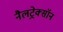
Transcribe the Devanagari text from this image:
नैलट्रेक्सॉन